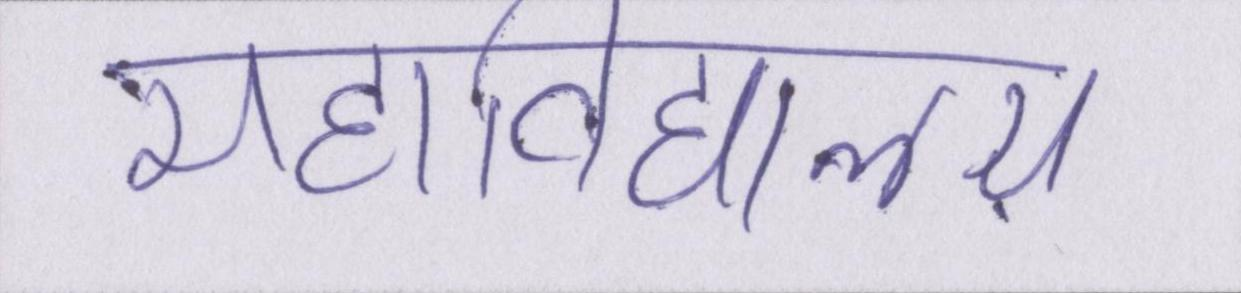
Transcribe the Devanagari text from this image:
महाविद्यालय़